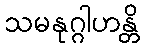
သမနုဂ္ဂါဟန္တိ